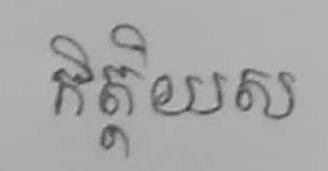
កិត្តិយស